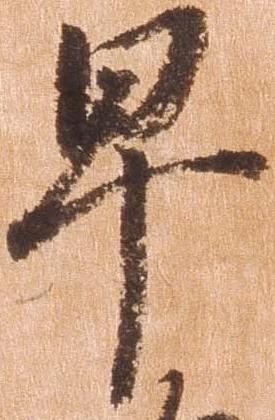
早